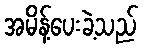
အမိန့်ပေးခဲ့သည်